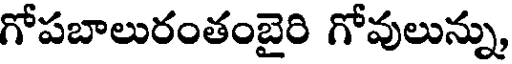
గోపబాలురంతంబైరి గోవులున్ను,